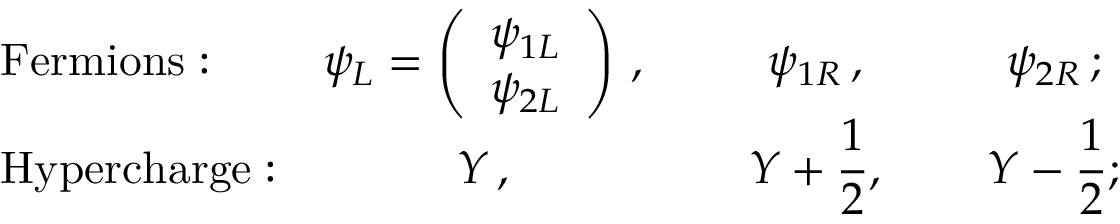
\begin{array} { l c c c } { { \mathrm { F e r m i o n s : } } } & { { \displaystyle \psi _ { L } = \left( \begin{array} { c } { { \psi _ { 1 L } } } \\ { { \psi _ { 2 L } } } \end{array} \right) \, , ~ ~ ~ ~ } } & { { \psi _ { 1 R } \, , ~ ~ ~ ~ } } & { { \psi _ { 2 R } \, ; } } \\ { { \mathrm { H y p e r c h a r g e : } } } & { { Y \, , ~ ~ ~ ~ } } & { { \displaystyle Y + \frac { 1 } { 2 } , ~ ~ ~ ~ } } & { { \displaystyle Y - \frac { 1 } { 2 } ; } } \end{array}